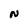
Character: N